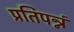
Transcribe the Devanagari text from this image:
प्रतिपन्नं